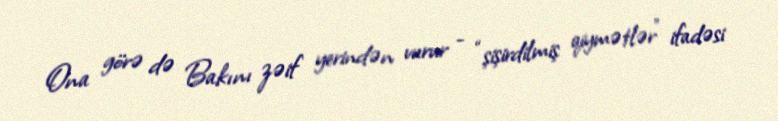
Ona görə də Bakını zəif yerindən vurur - “şişirdilmiş qiymətlər” ifadəsi